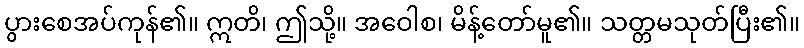
ပွားစေအပ်ကုန်၏။ ဣတိ၊ ဤသို့။ အဝေါစ၊ မိန့်တော်မူ၏။ သတ္တမသုတ်ပြီး၏။